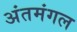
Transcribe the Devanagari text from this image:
अंतमंगल